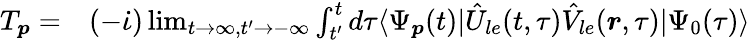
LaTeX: \begin{array}{rl}{T_{\boldsymbol{p}}=}&{{}(-\dot{\iota})\operatorname*{lim}_{t\to\infty,t^{\prime}\to-\infty}\int_{t^{\prime}}^{t}d\tau\langle\Psi_{\boldsymbol{p}}(t)|\hat{U}_{le}(t,\tau)\hat{V}_{le}(\boldsymbol{r},\tau)|\Psi_{0}(\tau)\rangle}\end{array}